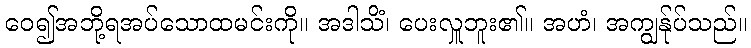
ဝေ၍အဘို့ရအပ်သောထမင်းကို။ အဒါသိံ၊ ပေးလှူဘူး၏။ အဟံ၊ အကျွန်ုပ်သည်။